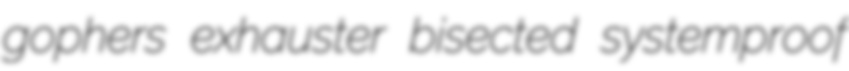
gophers exhauster bisected systemproof